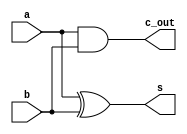
// 1 Bit Half Adder, implemented with structural modeling.

module half_adder (
    input  a,
    input  b,
    output s,
    output c_out
);

xor xor_0 (s, a, b);
and and_0 (c_out, a, b);

endmodule